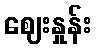
ဈေးနှုန်း